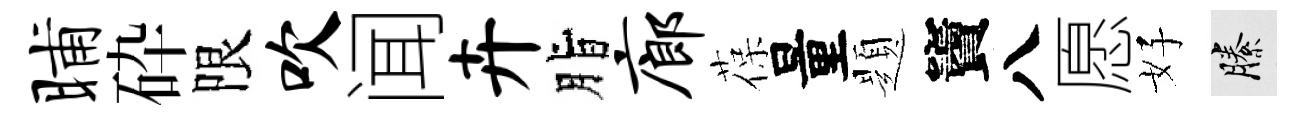
晡砕限吹闻卉脂廊葆量題竇八愿好縢